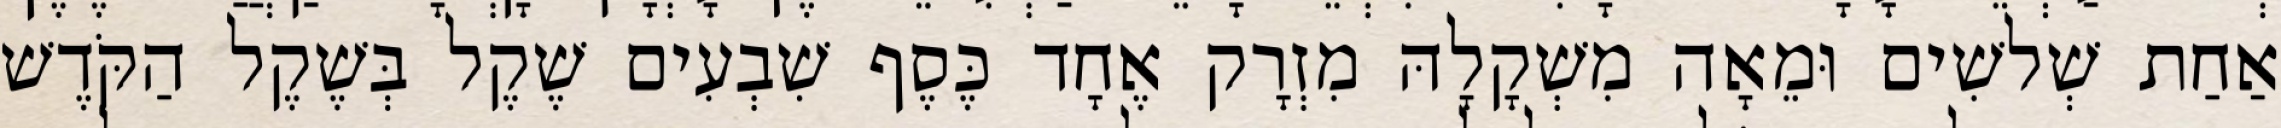
אַחַת שְׁלשִׁים וּמֵאָה מִשְׁקָלָהּ מִזְרָק אֶחָד כֶּסֶף שִׁבְעִים שֶׁקֶל בְּשֶׁקֶל הַקֹּדֶשׁ